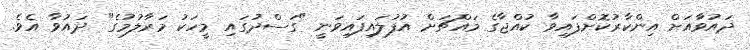
ދައުވާއަށް އިންކާރުކޮށްފައިވާ ކުއްޖާގެ މައްޗަށް އުފުލައިފައިވަނީ "ގަސްދުގައި މީހަކު މަރާލުމުގެ" ދައުވާ އެވެ.